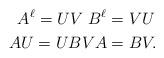
LaTeX: \begin{align*}A^{\ell} = UV \ B^{\ell} &=VU \\AU=UB VA &=BV .\end{align*}